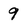
Character: 9